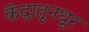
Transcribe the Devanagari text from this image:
केंद्रातूनधूर